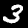
Digit: 3